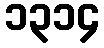
၁၃၁၄